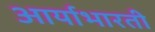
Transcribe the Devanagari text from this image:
आर्याभारती